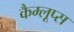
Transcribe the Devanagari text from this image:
कैम्लूप्स